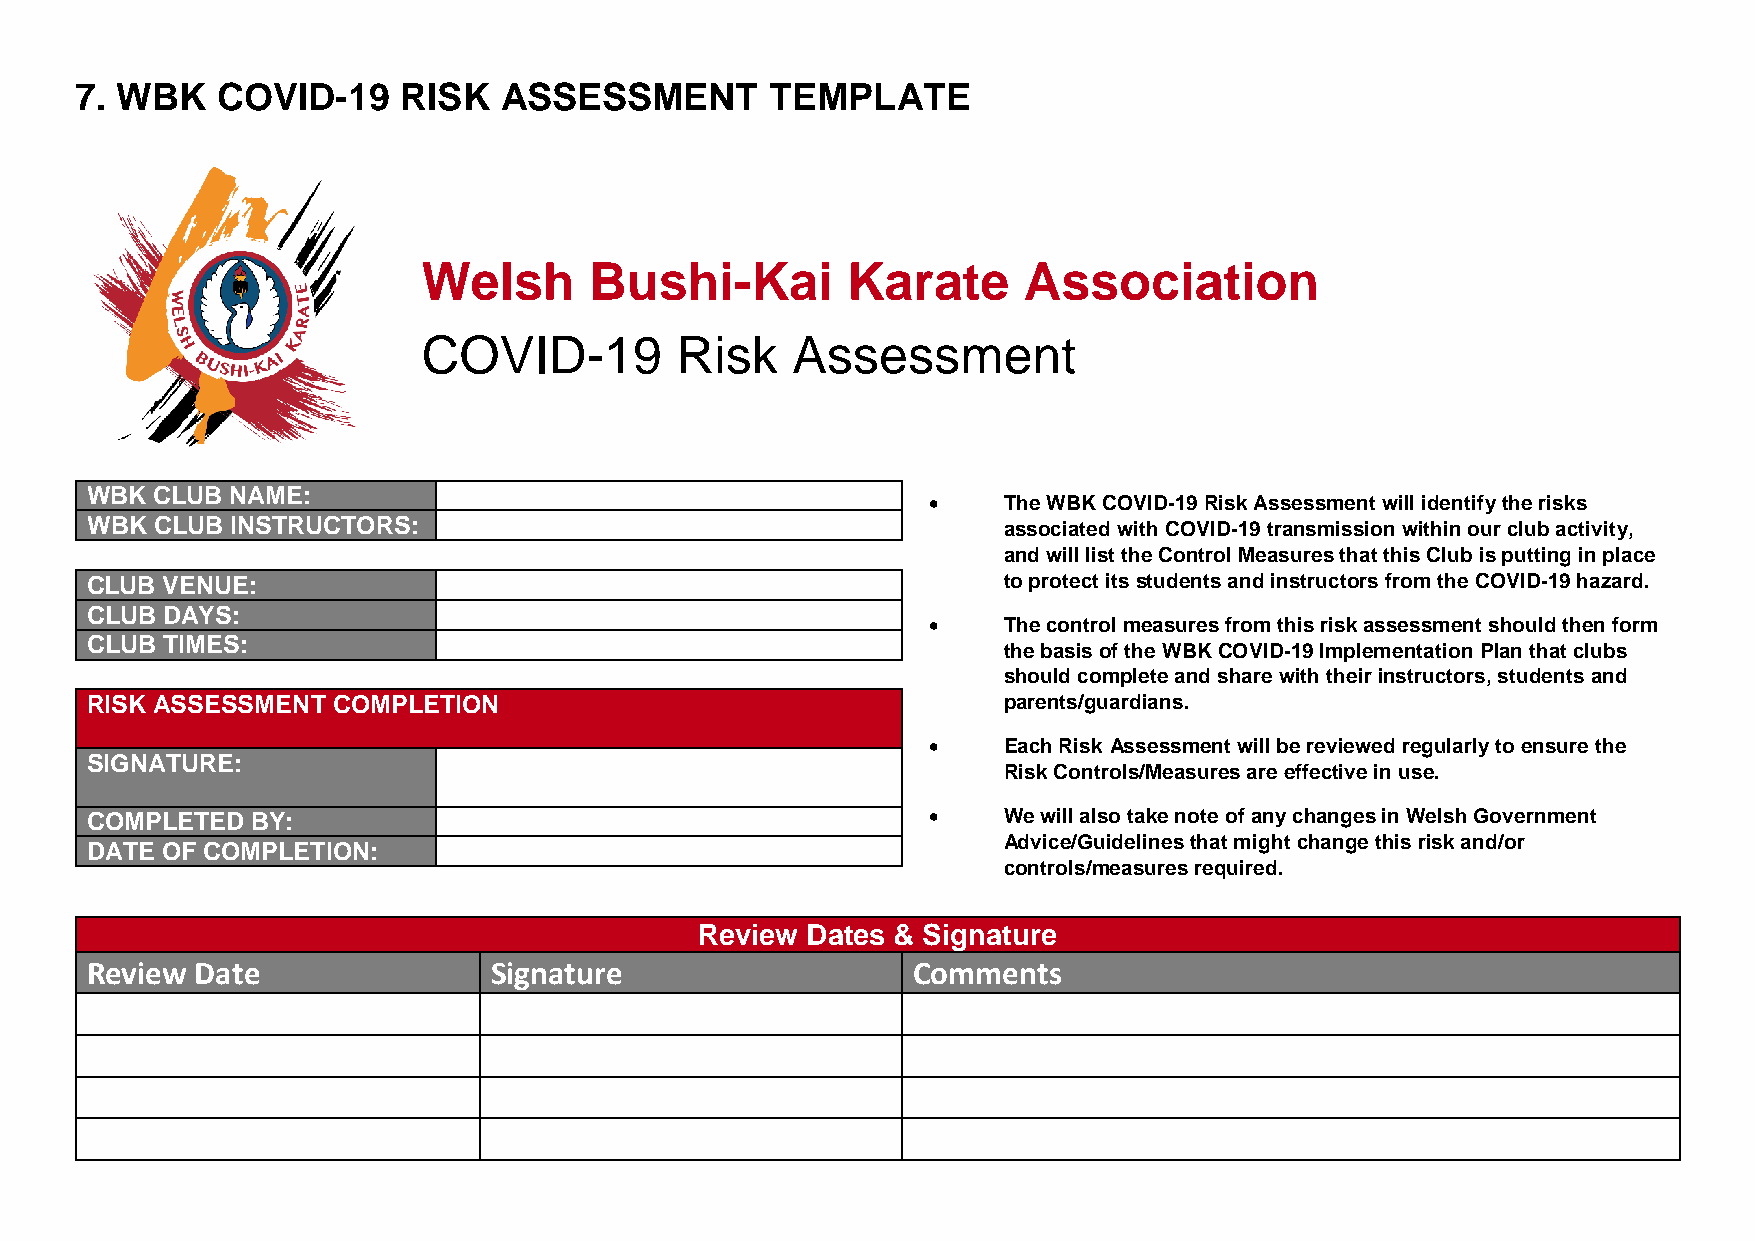
7. WBK   COVID-19    RISK   ASSESSMENT        TEMPLATE
 Welsh      Bushi-Kai        Karate      Association
 COVID-19         Risk   Assessment
 WBK CLUB NAME:
     The WBK COVID-19 Risk Assessment will identify the risks
 WBK CLUB INSTRUCTORS:                                       associated with COVID-19 transmission within our club activity,
 and will list the Control Measures that this Club is putting in place
 CLUB VENUE:                                                 to protect its students and instructors from the COVID-19 hazard.
 CLUB DAYS:
     The control measures from this risk assessment should then form
 CLUB TIMES:
 the basis of the WBK COVID-19 Implementation Plan that clubs
 should complete and share with their instructors, students and
 RISK ASSESSMENT COMPLETION                                  parents/guardians.
     Each Risk Assessment will be reviewed regularly to ensure the
 SIGNATURE:
 Risk Controls/Measures are effective in use.
 COMPLETED  BY:                                             We will also take note of any changes in Welsh Government
 Advice/Guidelines that might change this risk and/or
 DATE OF COMPLETION:
 controls/measures required.
 Review Dates & Signature
 Review Date               Signature                   Comments